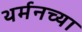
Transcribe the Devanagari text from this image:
थर्मनच्या